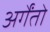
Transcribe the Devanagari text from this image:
अर्गेंतो